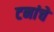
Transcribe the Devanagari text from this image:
टनांचे